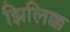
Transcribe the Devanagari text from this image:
झिलिक्क